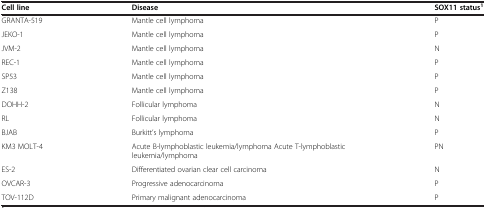
<table><thead><tr><td><b>Cell line</b></td><td><b>Disease</b></td><td><b>SOX11 status<sup>1</sup></b></td></tr></thead><tbody><tr><td>GRANTA-519</td><td>Mantle cell lymphoma</td><td>P</td></tr><tr><td>JEKO-1</td><td>Mantle cell lymphoma</td><td>P</td></tr><tr><td>JVM-2</td><td>Mantle cell lymphoma</td><td>N</td></tr><tr><td>REC-1</td><td>Mantle cell lymphoma</td><td>P</td></tr><tr><td>SP53</td><td>Mantle cell lymphoma</td><td>P</td></tr><tr><td>Z138</td><td>Mantle cell lymphoma</td><td>P</td></tr><tr><td>DOHH-2</td><td>Follicular lymphoma</td><td>N</td></tr><tr><td>RL</td><td>Follicular lymphoma</td><td>N</td></tr><tr><td>BJAB</td><td>Burkitt’s lymphoma</td><td>P</td></tr><tr><td>KM3 MOLT-4</td><td>Acute B-lymphoblastic leukemia/lymphoma Acute T-lymphoblastic leukemia/lymphoma</td><td>PN</td></tr><tr><td>ES-2</td><td>Differentiated ovarian clear cell carcinoma</td><td>N</td></tr><tr><td>OVCAR-3</td><td>Progressive adenocarcinoma</td><td>P</td></tr><tr><td>TOV-112D</td><td>Primary malignant adenocarcinoma</td><td>P</td></tr></tbody></table>